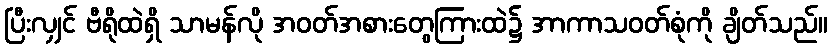
ပြီးလျှင် ဗီရိုထဲရှိ သာမန်လို အဝတ်အစားတွေကြားထဲ၌ အာကာသဝတ်စုံကို ချိတ်သည်။